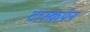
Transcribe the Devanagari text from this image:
टास्कपेन